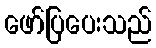
ဖော်ပြပေးသည်